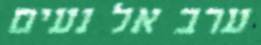
ערב אל נעים